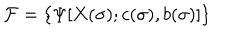
{ \cal F } = \{ \Psi [ X ( \sigma ) ; c ( \sigma ) , b ( \sigma ) ] \}